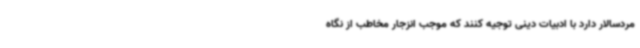
مردسالار دارد با ادبیات دینی توجیه کنند که موجب انزجار مخاطب از نگاه